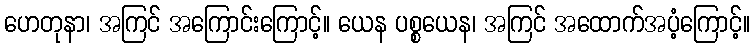
ဟေတုနာ၊ အကြင် အကြောင်းကြောင့်။ ယေန ပစ္စယေန၊ အကြင် အထောက်အပံ့ကြောင့်။